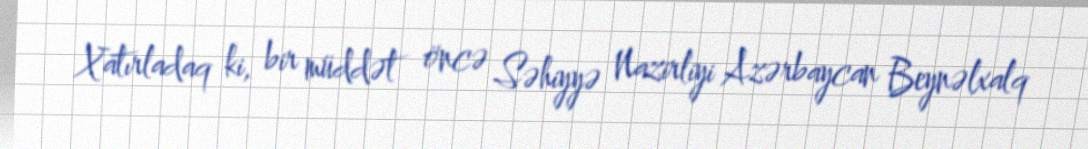
Xatırladaq ki, bir müddət öncə Səhiyyə Nazirliyi Azərbaycan Beynəlxalq